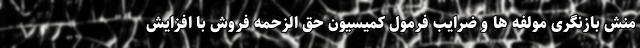
منش بازنگری مولفه ها و ضرایب فرمول کمیسیون حق الزحمه فروش با افزایش